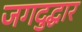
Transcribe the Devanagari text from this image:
जगदुद्धार